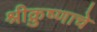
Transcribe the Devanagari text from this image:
श्रीक्रुष्णाचे